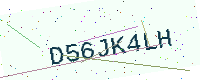
Text: D56JK4LH